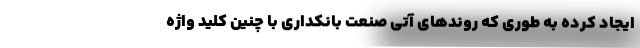
ایجاد کرده به طوری که روندهای آتی صنعت بانکداری با چنین کلید واژه